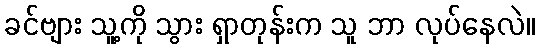
ခင်ဗျား သူ့ကို သွား ရှာတုန်းက သူ ဘာ လုပ်နေလဲ။